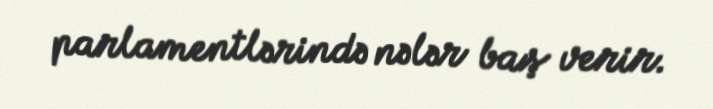
parlamentlərində nələr baş verir.